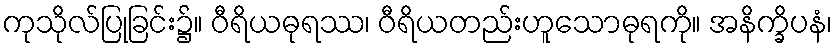
ကုသိုလ်ပြုခြင်း၌။ ဝီရိယဓုရဿ၊ ဝီရိယတည်းဟူသောဓုရကို။ အနိက္ခိပနံ၊